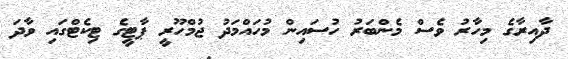
ދާއިރާގެ މިހާރު ވެސް މެންބަރު ހުސައިން މުހައްމަދު ޖުމްހޫރީ ޕާޓީގެ ޓިކެޓްގައި ވާދަ